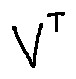
V ^ { T }